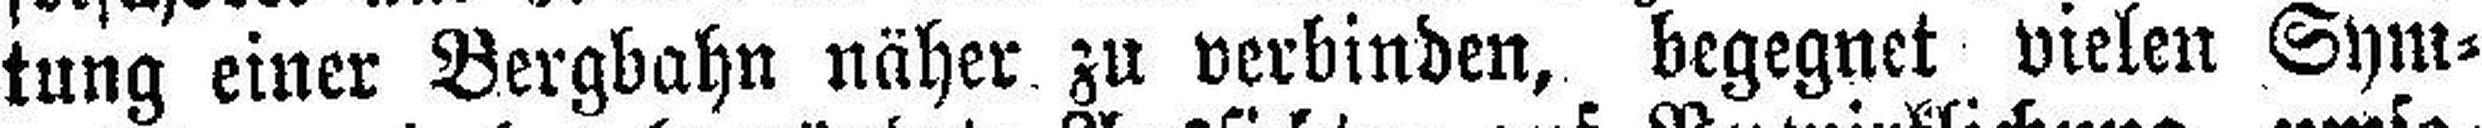
tung einer Bergbahn näher zu verbinden, begegnet vielen Sym¬